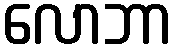
လောဘာ